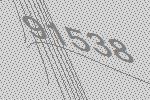
91538